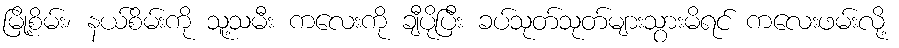
မြို့စိမ်း၊ နယ်စိမ်းကို သူ့သမီး ကလေးကို ချီပိုပြီး ခပ်သုတ်သုတ်များသွားမိရင် ကလေးဖမ်းလို့